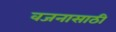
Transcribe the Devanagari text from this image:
वजनासाठी